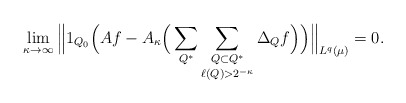
\begin{align*}\lim_{\kappa \to \infty} \Big\| 1_{Q_0}\Big( Af - A_{\kappa} \Big( \sum_{Q^*} \mathop{\sum_{Q \subset Q^*}}_{\ell(Q) > 2^{-\kappa}} \Delta_Q f\Big) \Big)\Big\|_{L^q(\mu)} = 0.\end{align*}